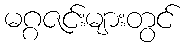
မဂ္ဂဇင်းများတွင်